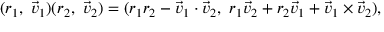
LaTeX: ( r _ { 1 } , \ { \vec { v } } _ { 1 } ) ( r _ { 2 } , \ { \vec { v } } _ { 2 } ) = ( r _ { 1 } r _ { 2 } - { \vec { v } } _ { 1 } \cdot { \vec { v } } _ { 2 } , \ r _ { 1 } { \vec { v } } _ { 2 } + r _ { 2 } { \vec { v } } _ { 1 } + { \vec { v } } _ { 1 } \times { \vec { v } } _ { 2 } ) ,